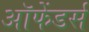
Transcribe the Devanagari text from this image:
ऑफेंडर्स